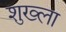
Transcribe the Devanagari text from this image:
शुख्ला